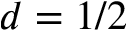
d = 1 / 2